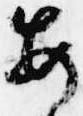
毎